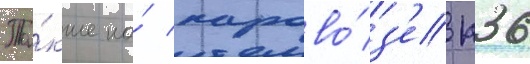
Та́кже на́ парово́з'е п36